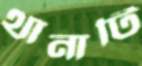
থানাটি